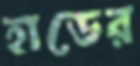
হাডের